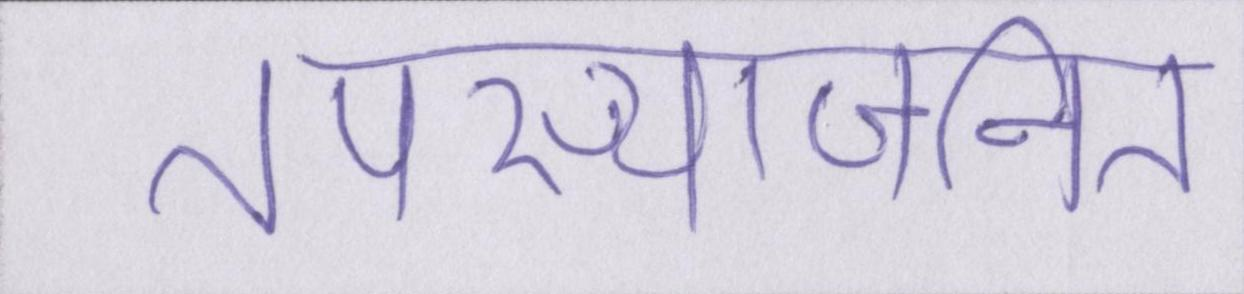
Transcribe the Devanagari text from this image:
तपस्याजनित